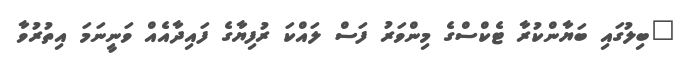
"ބިލުގައި ބަޔާންކުރާ ޓެކްސްގެ މިންވަރު ފަސް ލައްކަ ރުފިޔާގެ ފައިދާއެއް ވަނީނަމަ އިތުރުވާ